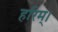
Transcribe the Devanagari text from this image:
हरिम्।